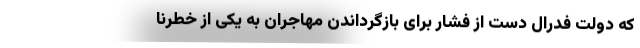
که دولت فدرال دست از فشار برای بازگرداندن مهاجران به یکی از خطرنا